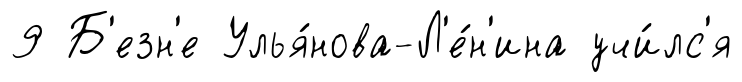
9 Б'езн'е Улья́нова-Л'е́н'ина учи́лс'я